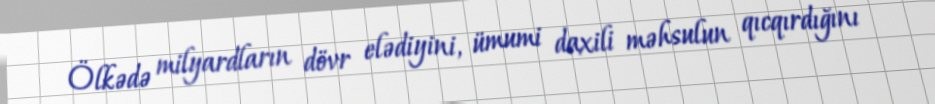
Ölkədə milyardların dövr elədiyini, ümumi daxili məhsulun qıcqırdığını